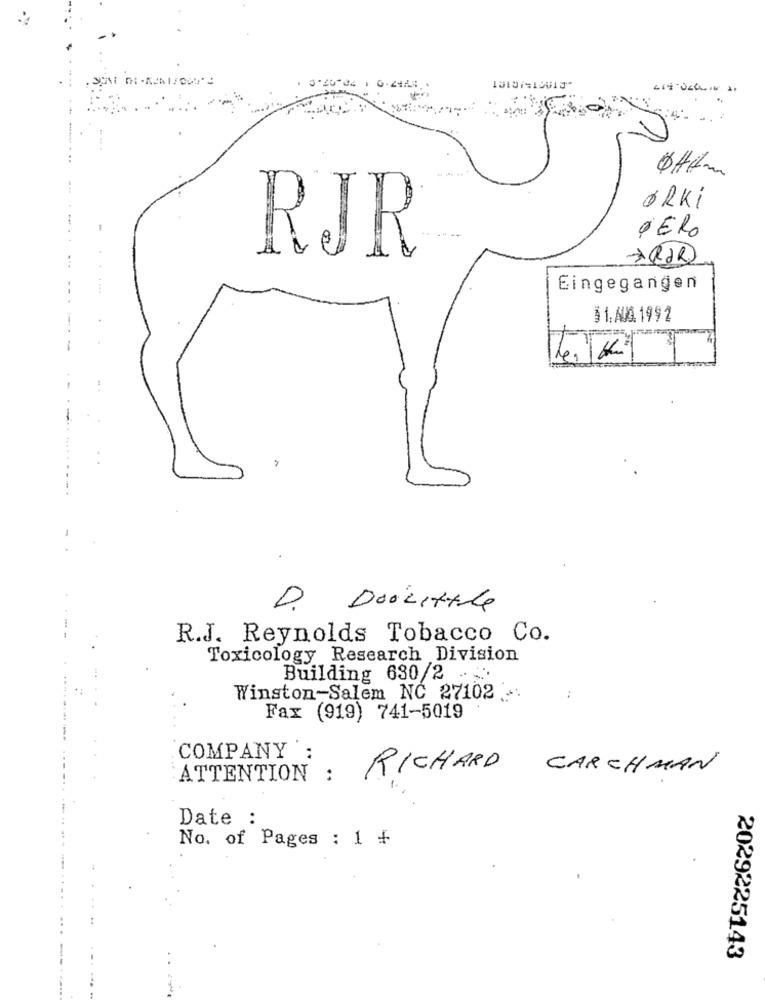
ORKi
PERO
RJR
>(POR)
Eingegangen
$ 1.AUA. 1992
D. Doolittle
R.J. Reynolds Tobacco Co.
Toxicology Research Division
Building 630/2 . ..
Winston-Salem NC 27102 .
Fax (919) 741-5019
COMPANY
ATTENTION :
RICHARD CARCHMAN
Date :
No. of Pages : 1 +
2029225143